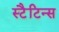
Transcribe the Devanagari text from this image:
स्टैटिन्स